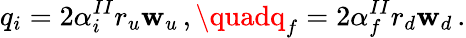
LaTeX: q_{i}=2\alpha_{i}^{II}r_{u}\mathbf{w}_{u}\, ,\quadq_{f}=2\alpha_{f}^{II}r_{d}\mathbf{w}_{d}\, .